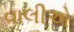
વાલીએ